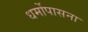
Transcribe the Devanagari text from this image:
धर्मोपासना